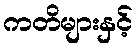
ကတိများနှင့်